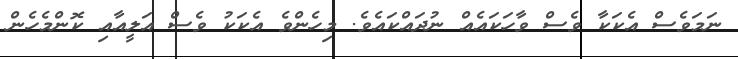
ނަމަވެސް އެކަކާ ވެސް ވާހަކައެއް ނުދައްކައެވެ. މިހެންވެ އެކަކު ވެސް އަލީއާއި ކޮންމެހެން